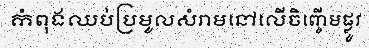
កំពុងឈប់ប្រមូលសំរាមនៅលើចិញ្ចើមផ្លូវ